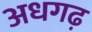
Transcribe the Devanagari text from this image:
अधगढ़